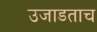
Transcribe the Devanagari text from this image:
उजाडताच